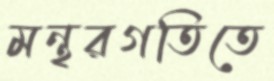
মন্থরগতিতে